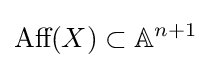
{\text{Aff}}(X)\subset \mathbb {A} ^{n+1}